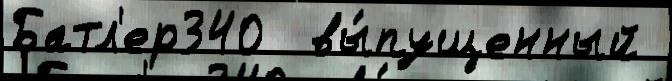
Батл'ер340  вы́пущенный